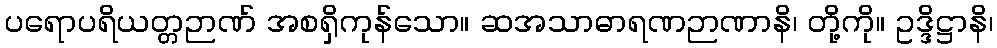
ပရောပရိယတ္တဉာဏ် အစရှိကုန်သော။ ဆအသာဓာရဏဉာဏာနိ၊ တို့ကို။ ဥဒ္ဒိဋ္ဌာနိ၊